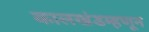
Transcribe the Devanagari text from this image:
कालखंडम्हणून